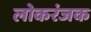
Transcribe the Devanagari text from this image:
लोकरंजक